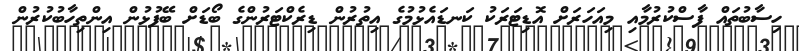
ހިސާބުތައް ފާސްކުރުމާއި މިއަހަރަށް އޮޑިޓަރަކު ކަނޑައެޅުމުގެ އިތުރުން ޑިރެކްޓަރުންގެ ބޯޑަށް ބޭފުޅުން އިންތިހާބުކުރުން